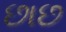
છાછ